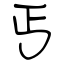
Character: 丐